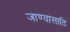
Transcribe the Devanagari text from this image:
जाण्यासाठि